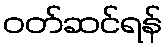
ဝတ်ဆင်ရန်